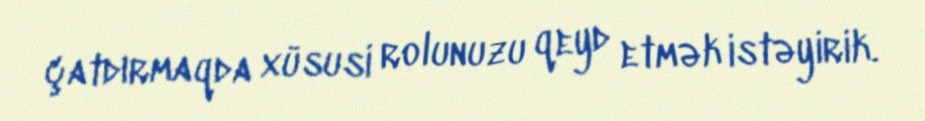
çatdırmaqda xüsusi rolunuzu qeyd etmək istəyirik.